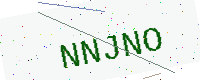
Text: NNJNO